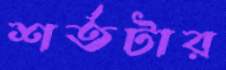
শর্তটার